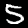
Label: 5